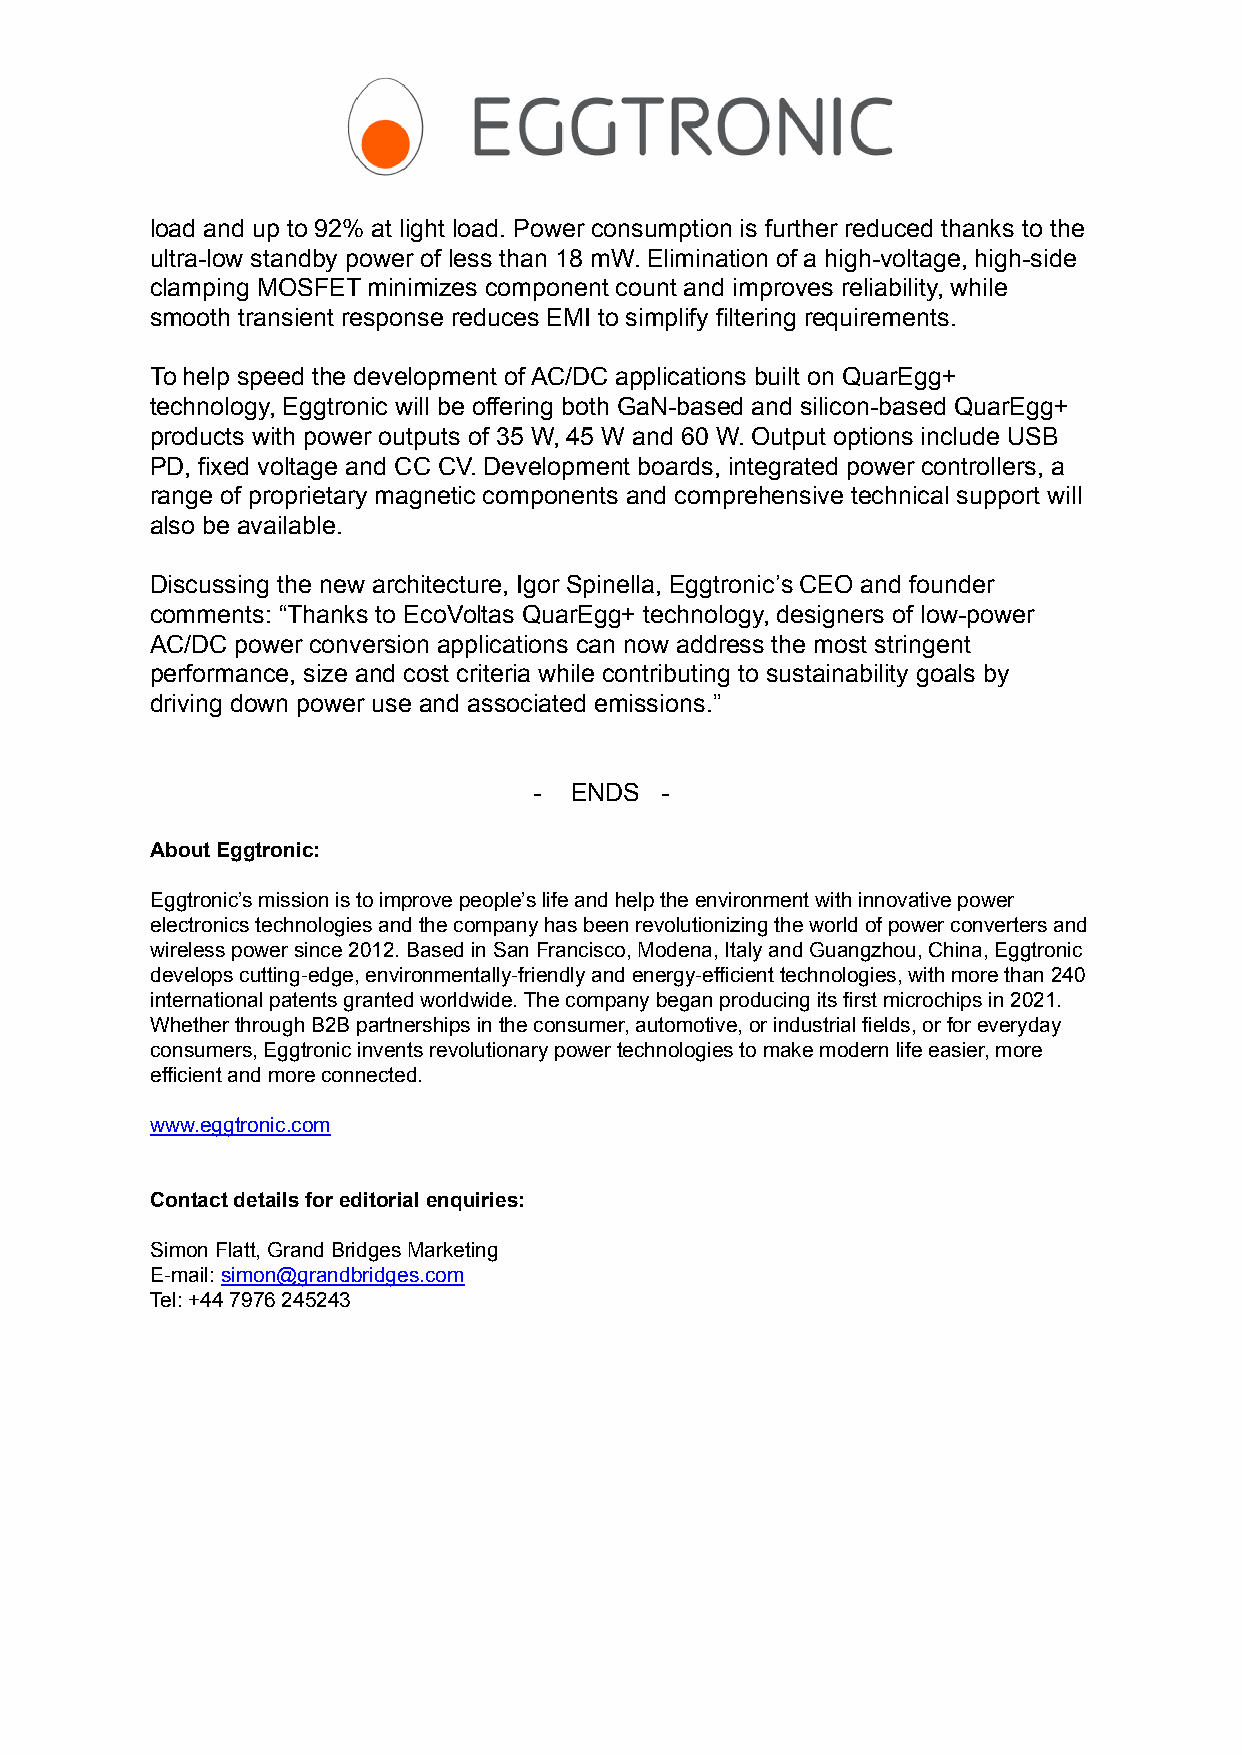
load and up to 92% at light load. Power consumption is further reduced thanks to the
 ultra-low standby power of less than 18 mW. Elimination of a high-voltage, high-side
 clamping MOSFET minimizes component count and improves reliability, while
 smooth transient response reduces EMI to simplify filtering requirements.
 To help speed the development of AC/DC applications built on QuarEgg+
 technology, Eggtronic will be offering both GaN-based and silicon-based QuarEgg+
 products with power outputs of 35 W, 45 W and 60 W. Output options include USB
 PD, fixed voltage and CC CV. Development boards, integrated power controllers, a
 range of proprietary magnetic components and comprehensive technical support will
 also be available.
 Discussing the new architecture, Igor Spinella, Eggtronic’s CEO and founder
 comments: “Thanks to EcoVoltas QuarEgg+ technology, designers of low-power
 AC/DC power conversion applications can now address the most stringent
 performance, size and cost criteria while contributing to sustainability goals by
 driving down power use and associated emissions.”
 -  ENDS  -
 About Eggtronic:
 Eggtronic’s mission is to improve people’s life and help the environment with innovative power
 electronics technologies and the company has been revolutionizing the world of power converters and
 wireless power since 2012. Based in San Francisco, Modena, Italy and Guangzhou, China, Eggtronic
 develops cutting-edge, environmentally-friendly and energy-efficient technologies, with more than 240
 international patents granted worldwide. The company began producing its first microchips in 2021.
 Whether through B2B partnerships in the consumer, automotive, or industrial fields, or for everyday
 consumers, Eggtronic invents revolutionary power technologies to make modern life easier, more
 efficient and more connected.
 www.eggtronic.com
 Contact details for editorial enquiries:
 Simon Flatt, Grand Bridges Marketing
 E-mail:simon@grandbridges.com
 Tel: +44 7976 245243